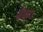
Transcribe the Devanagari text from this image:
सौह्र्द्य